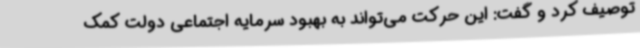
توصیف کرد و گفت: این حرکت می‌تواند به بهبود سرمایه اجتماعی دولت کمک